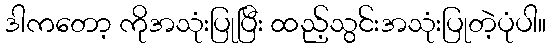
ဒါကတော့ ကိုအသုံးပြုပြီး ထည့်သွင်းအသုံးပြုတဲ့ပုံပါ။